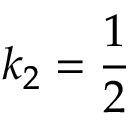
k _ { 2 } = \frac { 1 } { 2 }